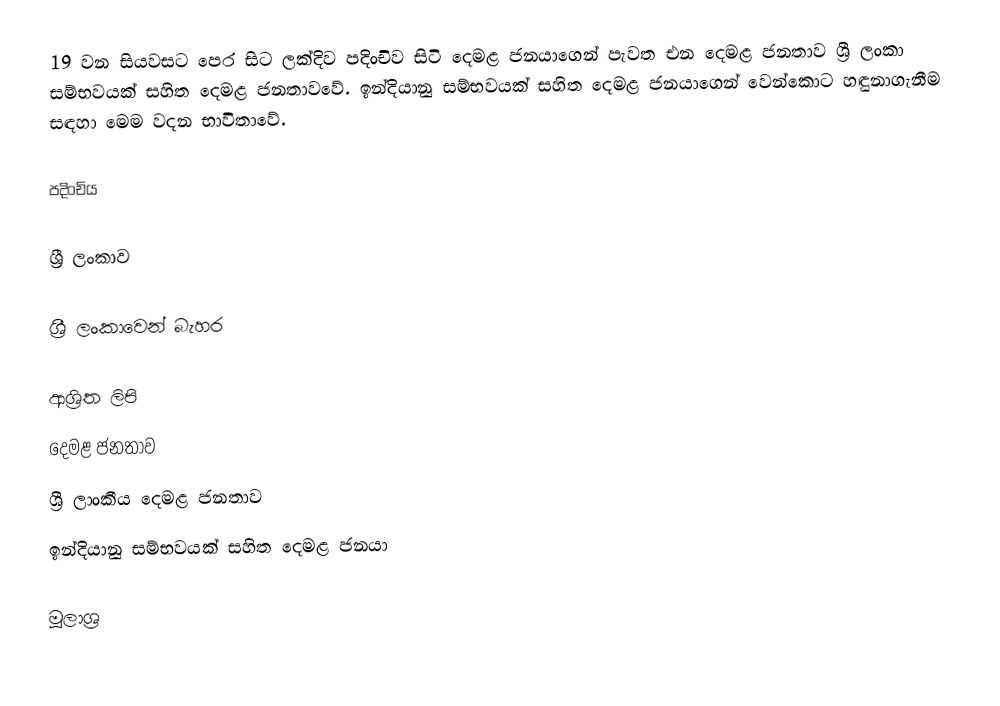
19 වන සියවසට පෙර සිට ලක්දිව පදිංචිව සිටි දෙමළ ජනයාගෙන් පැවත එන දෙමළ ජනතාව ශ්‍රී ලංකා සම්භවයක් සහිත දෙමළ ජනතාවවේ. ඉන්දියානු සම්භවයක් සහිත දෙමළ ජනයාගෙන් වෙන්කොට හඳුනාගැනීම සඳහා මෙම වදන භාවිතාවේ.

පදිංචිය

ශ්‍රී ලංකාව

ශ්‍රී ලංකාවෙන් බැහර

ආශ්‍රිත ලිපි
 දෙමළ ජනතාව
 ශ්‍රී ලාංකීය දෙමළ ජනතාව
 ඉන්දියානු සම්භවයක් සහිත දෙමළ ජනයා

මූලාශ්‍ර